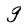
Character: g